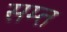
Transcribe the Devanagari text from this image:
सम्त